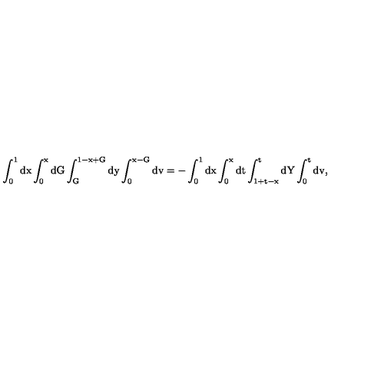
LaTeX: \mathrm { \int _ { 0 } ^ { 1 } d x \int _ { 0 } ^ { x } d G \int _ { G } ^ { 1 - x + G } d y \int _ { 0 } ^ { x - G } d v = - \int _ { 0 } ^ { 1 } d x \int _ { 0 } ^ { x } d t \int _ { 1 + t - x } ^ { t } d Y \int _ { 0 } ^ { t } d v , }